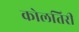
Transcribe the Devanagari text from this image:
कोलतिरी